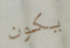
يكون